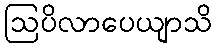
ဩပိလာပေယျာသိ